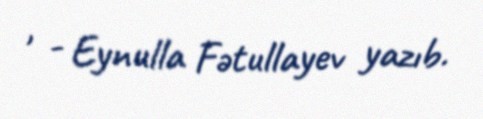
, - Eynulla Fətullayev yazıb.